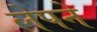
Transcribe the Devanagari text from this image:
लेपने